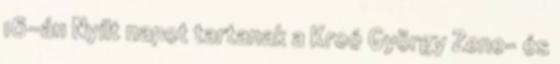
16-án Nyílt napot tartanak a Kroó György Zene- és